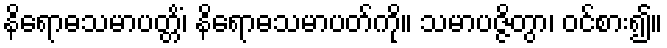
နိရောဓသမာပတ္တိံ၊ နိရောဓသမာပတ်ကို။ သမာပဇ္ဇိတွာ၊ ဝင်စား၍။